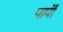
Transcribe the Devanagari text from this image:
पापॊं